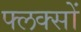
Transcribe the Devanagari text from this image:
फ्लक्सों